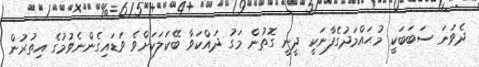
ދެވަނަ ސަބަބަކީ މުޙައްމަދުގެފާނަކީ ދީނީ ގޮތުން މަގު ދައްކަވާ ބޭކަލަކަށްވެ ވަޑައިގެންނެވުމުގެ އިތުރުން